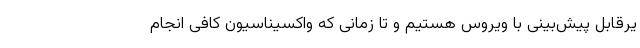
یرقابل پیش‌بینی با ویروس هستیم و تا زمانی که واکسیناسیون کافی انجام